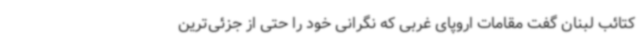
کتائب لبنان گفت مقامات اروپای غربی که نگرانی خود را حتی از جزئی‌ترین